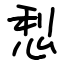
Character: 悡